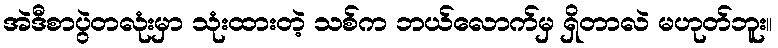
အဲဒီစာပွဲတလုံးမှာ သုံးထားတဲ့ သစ်က ဘယ်လောက်မှ ရှိတာလဲ မဟုတ်ဘူး။